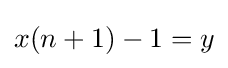
x(n+1)-1=y